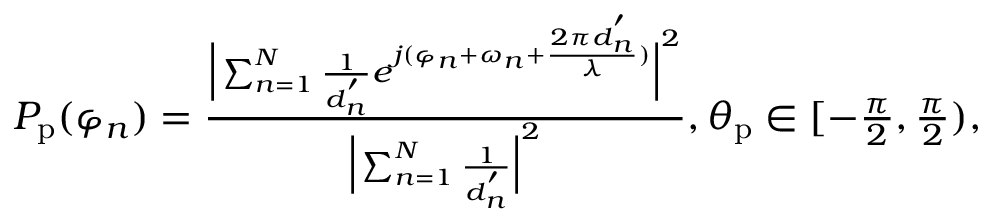
\begin{array} { r l } & { P _ { \mathrm { p } } ( \varphi _ { n } ) = \frac { \Big | \sum _ { n = 1 } ^ { N } \frac { 1 } { d _ { n } ^ { ' } } e ^ { j ( \varphi _ { n } + \omega _ { n } + \frac { 2 \pi d _ { n } ^ { ' } } { \lambda } ) } \Big | ^ { 2 } } { \Big | \sum _ { n = 1 } ^ { N } \frac { 1 } { d _ { n } ^ { ' } } \Big | ^ { 2 } } , \theta _ { \mathrm { p } } \in [ - \frac { \pi } { 2 } , \frac { \pi } { 2 } ) , } \end{array}